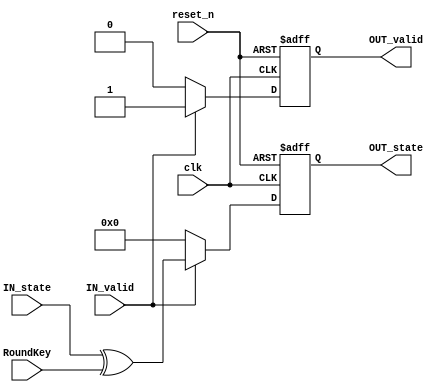
/*
Project        : AES
Standard doc.  : 
Module name    : AddRoundKey block
Dependancy     :
Design doc.    : 
References     : 
Description    : AddRoundKey block is a sequential block that 
                 XOR the 128 bits of the matrix with the 128 bits 
                 of the round key.
Owner          : Shehab Bahaa
*/

`timescale 1 ns/1 ps

module AddRoundKey (
input clk, 
input reset_n,

input              IN_valid,
input      [127:0] IN_state,
input      [127:0] RoundKey,

output reg         OUT_valid,
output reg [127:0] OUT_state
);

always @(posedge clk or negedge reset_n)
if (!reset_n) begin 
    OUT_valid <= 0;
    OUT_state <= 'b0;
end else begin

    if (IN_valid) begin 
        OUT_valid <= 1;
        OUT_state <= IN_state ^ RoundKey;
    end else begin
        OUT_valid <= 0;
        OUT_state <= 'b0;
    end 
end
endmodule
//=========================================================
// EOF AddRoundKey
//=========================================================